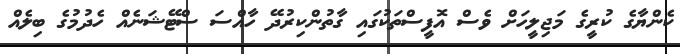
ކެންޔާގެ ކުރީގެ މަޖިލީހަށް ވެސް އޮފީސްތަކުގައި ގާތުންކިރުދޭ ހާއްސަ ސްޓޭޝަނެއް ހެދުމުގެ ބިލެއް